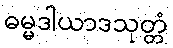
ဓမ္မဒါယာဒသုတ္တံ